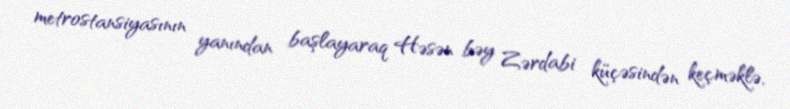
metrostansiyasının yanından başlayaraq Həsən bəy Zərdabi küçəsindən keçməklə,